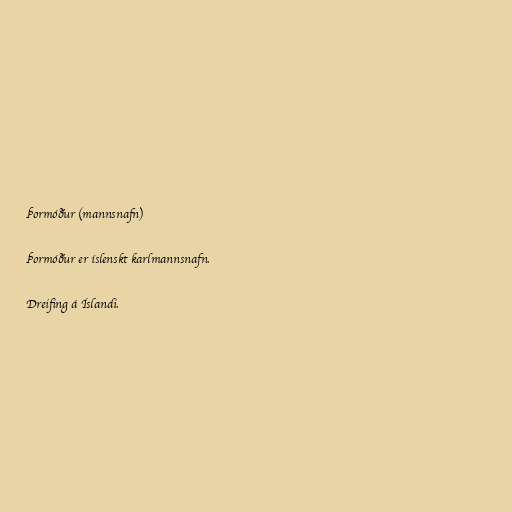
Þormóður (mannsnafn)

Þormóður er íslenskt karlmannsnafn.

Dreifing á Íslandi.